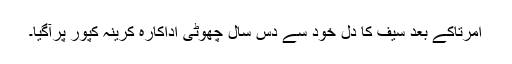
امرتاکے بعد سیف کا دل خود سے دس سال چھوٹی اداکارہ کرینہ کپور پرآگیا۔